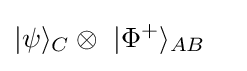
{\textstyle {\begin{aligned}|&\psi \rangle _{C}\otimes \ |\Phi ^{+}\rangle _{AB}\end{aligned}}}